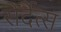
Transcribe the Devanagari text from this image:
सेर्देत्स